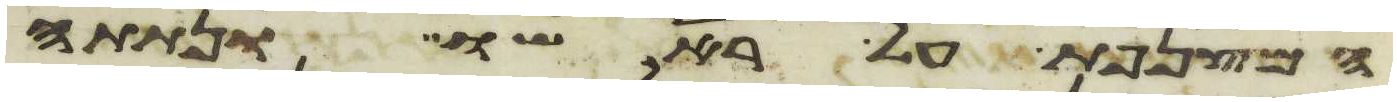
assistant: המצנפת על ראשו ונתתה